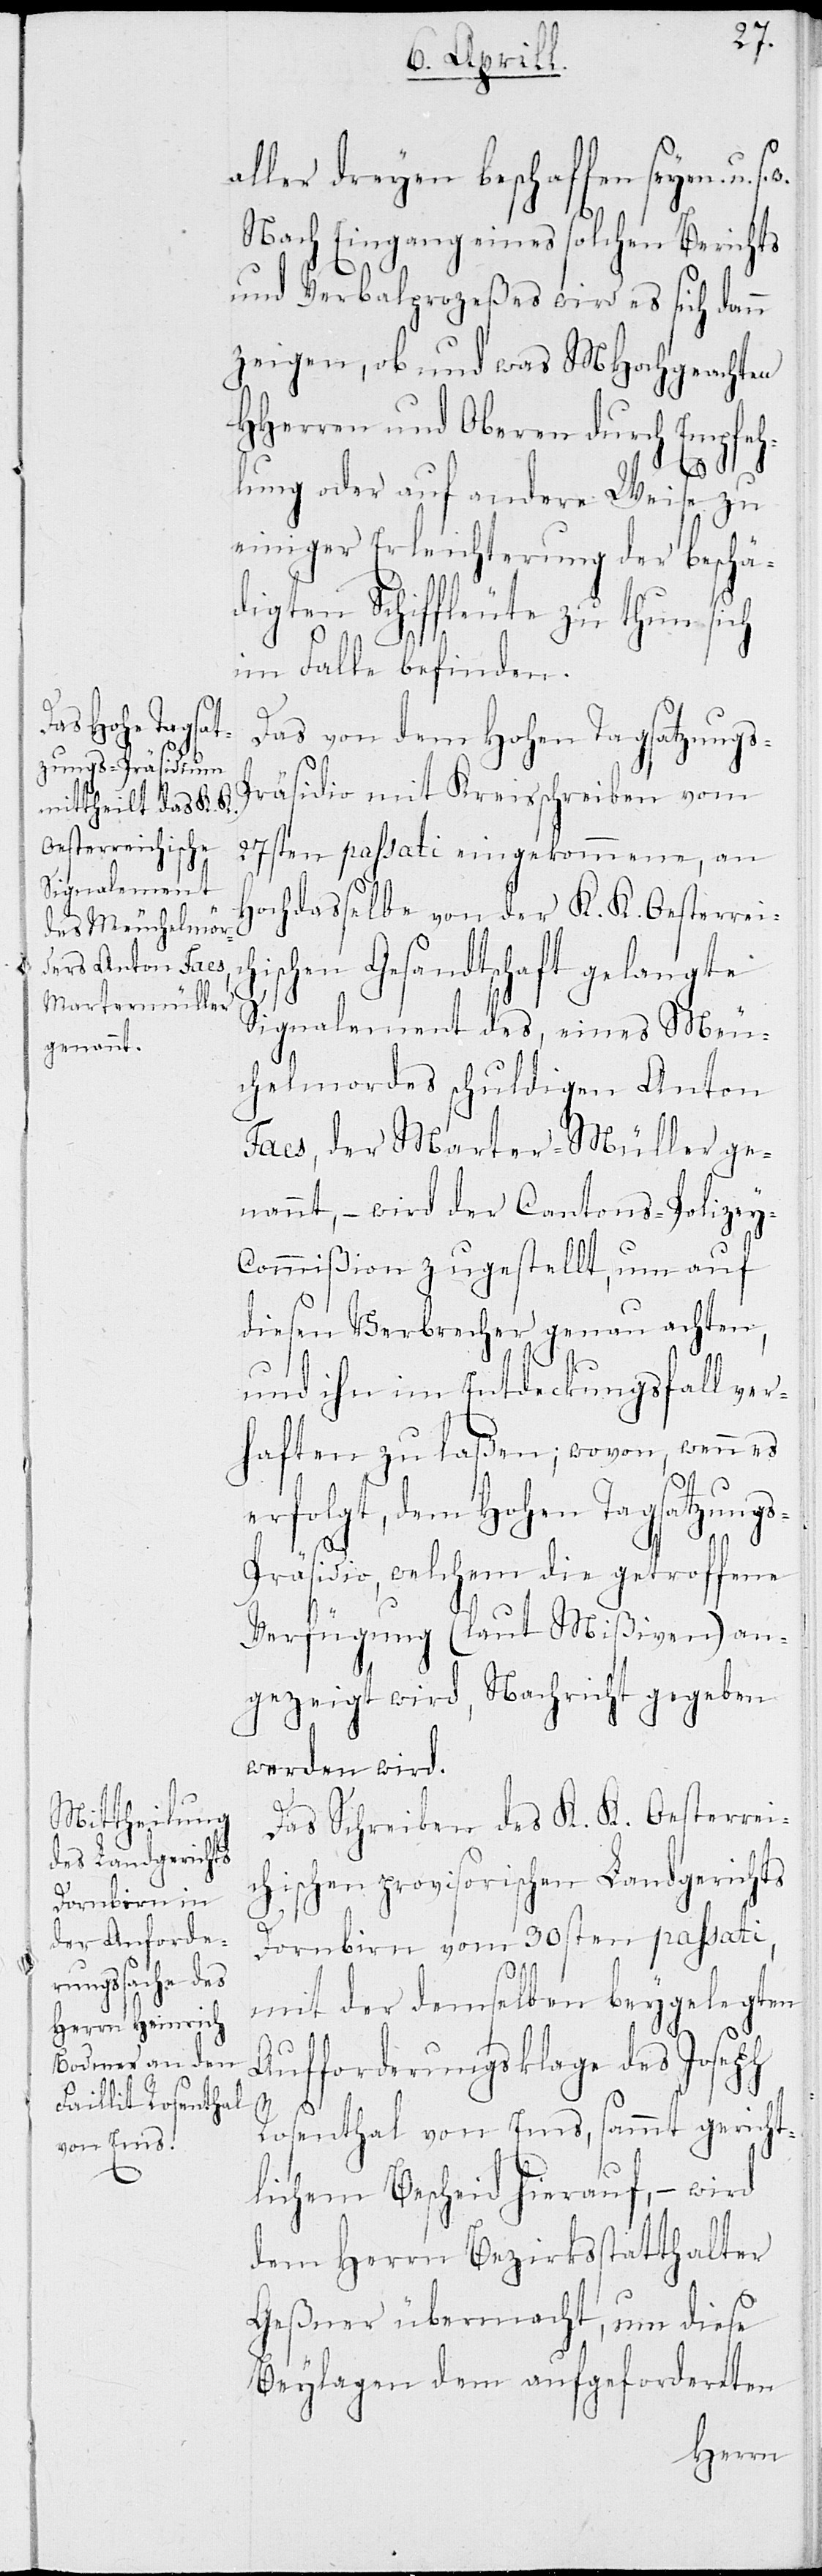
w.

H¬
aller dreyen beschaffen seyen
Nach Eingang eines solchen Berichts
und Verbalprozeßes wird es sich dann
zeigen, ob und was MHochgeachten
HHerren und Oberen durch Empfeh¬
u.
lung oder auf andere Weise zu
einiger Erleichterung der beschä¬
digten Schiffleute zu thun sich
im Falle befinden.
Das von dem Hohen Tagsatzungs-P¬
räsidio mit Kreisschreiben vom
27sten passati eingekommene, an
ochdaßelbe von der K. K. Oesterreic¬
hischen Gesandtschaft gelangte
Signalement des, eines Meu¬
chelmordes schuldigen Anton
Faes, der Marter-Müller ge¬
nannt, – wird der Cantons-Policey-C¬
ommißion zugestellt, um auf
diesen Verbrecher genau achten,
und ihn im Entdeckungsfall ver¬
haften zu laßen; wovon, wenn es
erfolgt, dem Hohen Tagsatzung¬
s-Präsidio, welchem die getroffene
Verfügung (laut Mißiven) an¬
gezeigt wird, Nachricht gegeben
werden wird.
Das Schreiben des K. K. Oesterrei¬
chischen provisorischen Landgerichts
Dornbirn vom 30sten passati,
mit der demselben beygelegten
Aufforderungsklage des Jose¬
ph
Rosenthal von Ems, sammt gericht¬
lichem Bescheid hierauf, – wird
dem Herrn Bezirksstatthalter
Geßner übermacht, um diese
Beylagen dem aufgeforderten